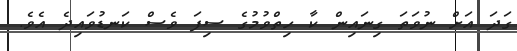
ގަދަ އަށް ނުވަތަ ގިނައިން ކާ ހިތްވުމުގެ ސިފަ ވެސް ކަނޑުވައިދެ އެވެ.